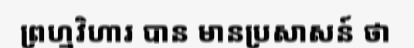
ព្រហ្មវិហារ បាន មានប្រសាសន៍ ថា